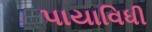
પાયાવિધી